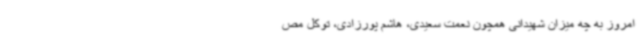
امروز به چه میزان شهیدانی همچون نعمت سعیدی، هاشم پورزادی، توکل مص